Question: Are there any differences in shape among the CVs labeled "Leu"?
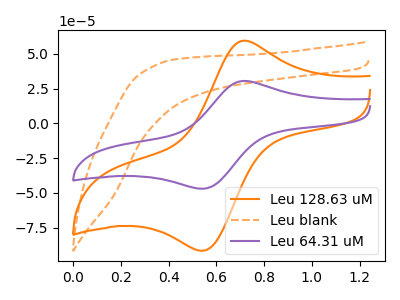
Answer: <think>The orange curve "Leu 128.63 uM" has an anodic peak at (0.70V, 59.40uA) and a cathodic peak at (0.55V, -91.70uA). The orange dashed curve "Leu blank" has no peaks. The purple curve "Leu 64.31 uM" has an anodic peak at (0.70V, 30.45uA) and a cathodic peak at (0.55V, -47.05uA).
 "Leu 128.63 uM" and "Leu blank" have a different number of peaks. All the peaks in "Leu 128.63 uM" have a peak in "Leu 64.31 uM" at the same potential. Every peak in "Leu 128.63 uM" is higher than every peak in "Leu 64.31 uM". "Leu blank" and "Leu 64.31 uM" have a different number of peaks.</think>
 <answer>All the CV's of "Leu" have similar shape.</answer>
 <eval>follow_rule</eval>